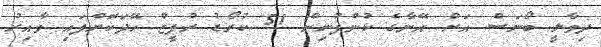
ދިވާލީ ބޯނަސް އަށް އޭނާގެ ކުންފުނިން 51 ކުރޯޑު ރުޕީޒް ހޭދަކޮށްފައި ވާއިރު